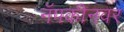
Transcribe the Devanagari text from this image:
नॅपकीनवर